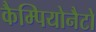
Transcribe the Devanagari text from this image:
कैम्पियोनैटो